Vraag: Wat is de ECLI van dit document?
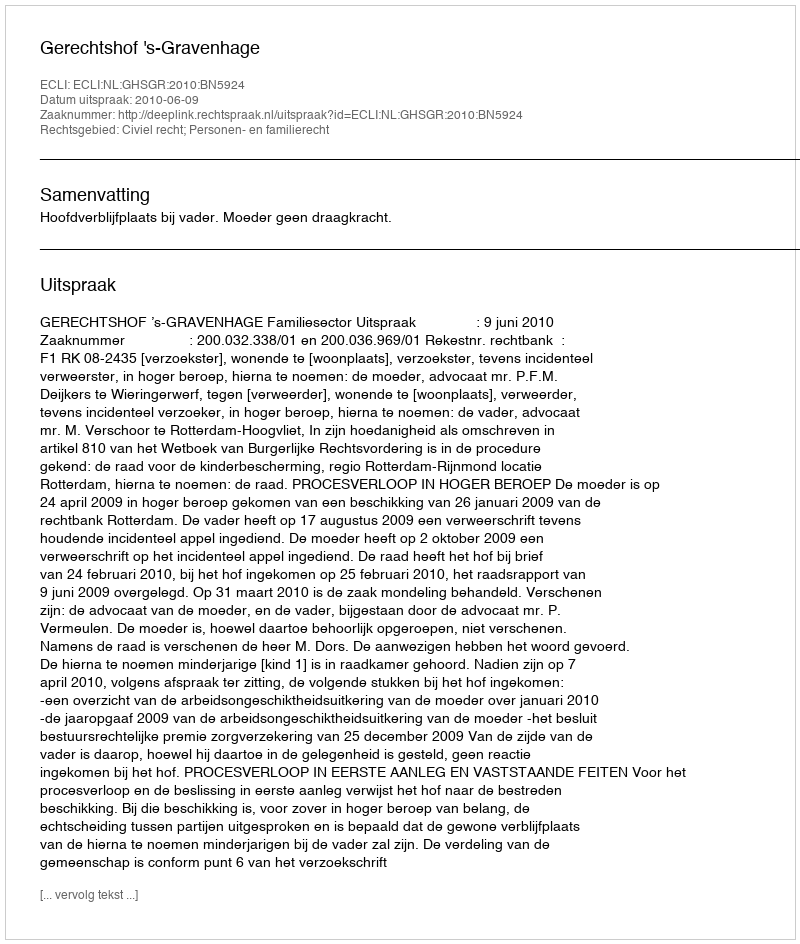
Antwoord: ECLI:NL:GHSGR:2010:BN5924